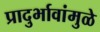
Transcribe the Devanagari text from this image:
प्रादुर्भावांमुळे